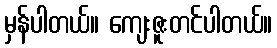
မှန်ပါတယ်။ ကျေးဇူးတင်ပါတယ်။